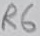
Text: R6